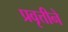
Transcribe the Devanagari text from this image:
प्रवृत्तीने